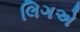
લિગએ